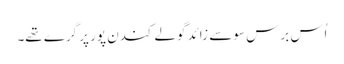
اُس برس سو سے زائد گولے کندن پور پر گرے تھے۔